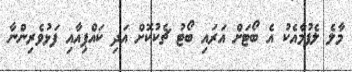
މާލެ ލެފުމާއެކު އެ ބޯޓަށް އަރައި ބޯޓު ޗެކުކޮށް އަދި ކައްޕިއާއި ފަޅުވެރިންނާ